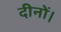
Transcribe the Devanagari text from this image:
दीनों।